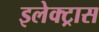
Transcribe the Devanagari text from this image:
इलेक्‍ट्रास